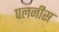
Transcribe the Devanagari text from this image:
पलनीस